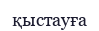
қыстауға